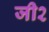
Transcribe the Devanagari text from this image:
जी२